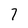
Character: 7